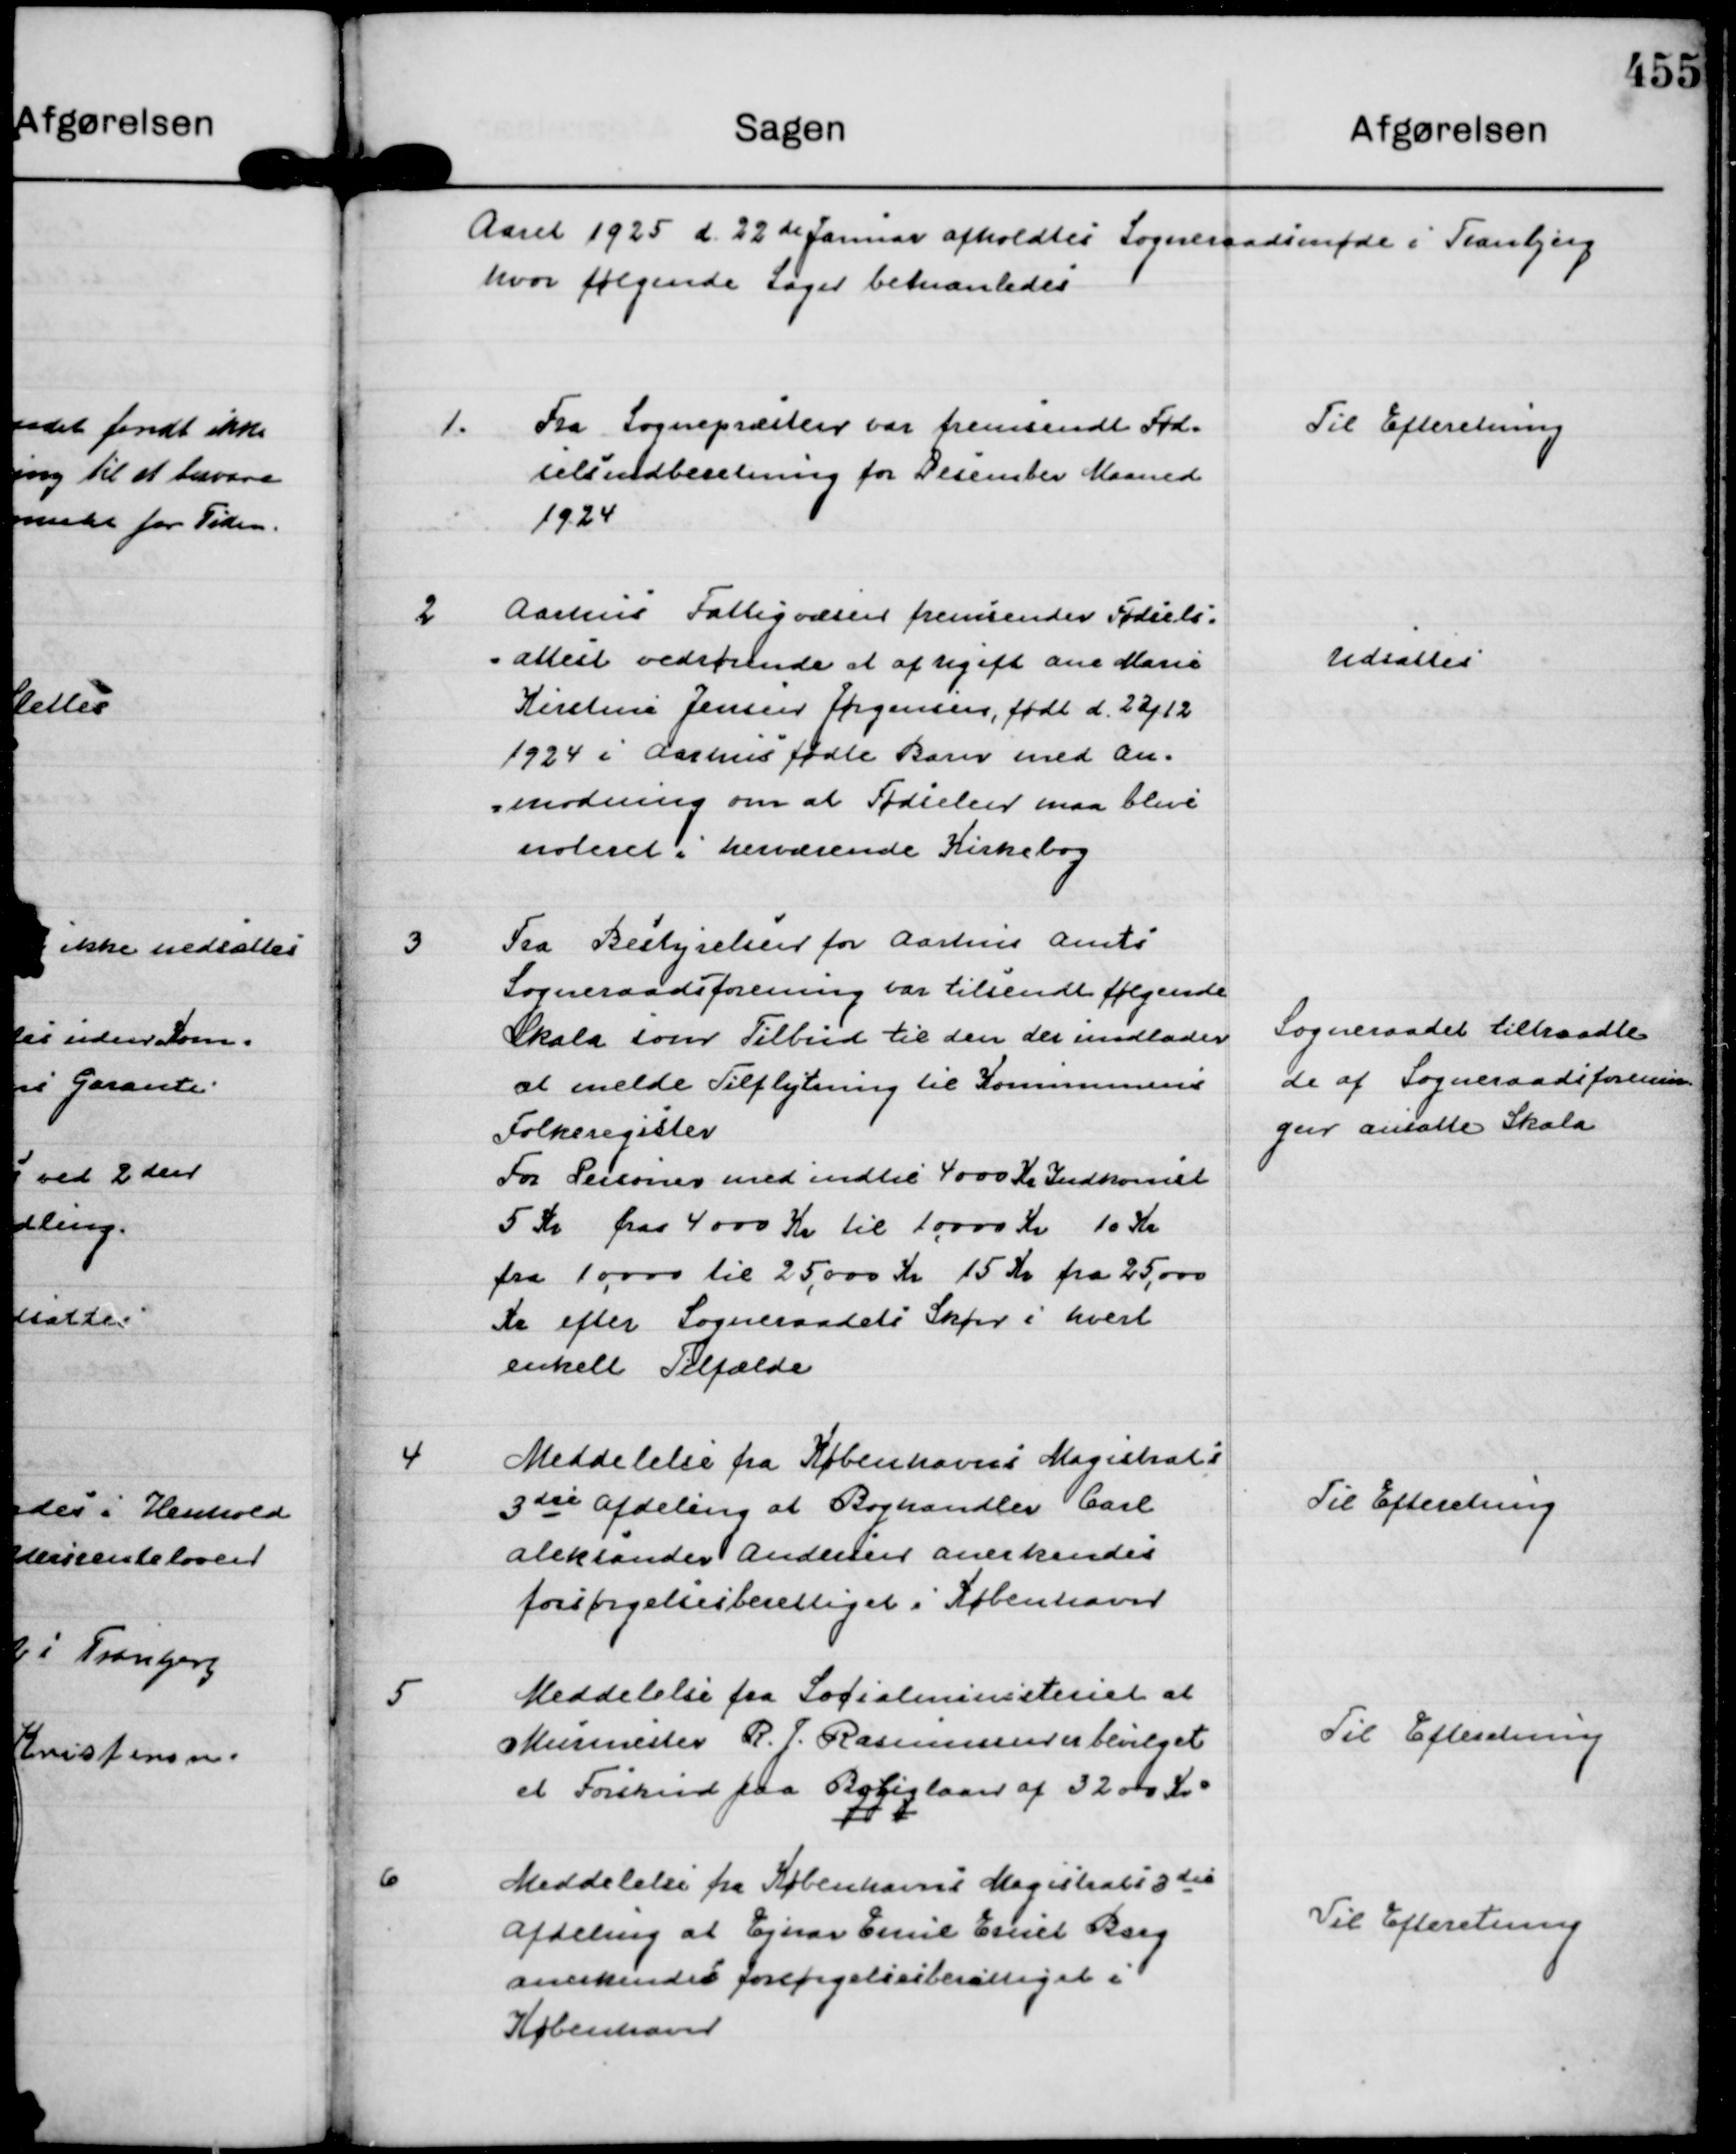
Transskription:
Aaret 1925 d. 22 de Januar afholdtes Sogneraadsmøde i Tranbjerg
hvor følgende Sager behandledes

1.
Fra Sognepræsten var fremsendt Fød= 
selsindberetning for December Maaned
1924.

Til Efteretning

2
Aarhus Fattigvæsen fremsender Fødsels=
"attest vedrørende et af ugift Ane Marie 
Kirstine Jensen Jørgensen, født d. 22/12
1924 i Aarhus fødte Barn med An=
=modning om at Fødselen maa blive
noteret i herværende Kirkebog

Udsattes

3
Fra Bestyrelsen for Aarhus Amts
Sogneraadsforening var tilsendt følgende
Skala som Tilbud til den der undlader
at melde Tilflytning til Kommunens
Folkeregister
For Personer med indtil 4000 Kr Indkomst
5 Kr fra 4000 Kr til 10.000 Kr 10 Kr
fra 10.000 Kr til 25.000 kr 15 Kr fra 25.000
Kr efter Sogneraadets Skøn i hvert
enkelt Tilfælde

Sogneraadet tiltraadte
de af Sogneraadsforenin=
gen ansatte Skala

4
Meddelelse fra Københavns Magistrats
3 die afdeling at Boghandler Carl
Aleksander Andersen anerkendes
forsørgelsesberettiget i København

Til Efteretning

5
Meddelelse fra Socialministeriet at
Murmester R. J. Rasmussen er bevilget
et Forskud paa Boliglaan af 3200 Kr.

Til Efteretning

6
Meddelelse fra Københavns Magistrats 3 die
Afdeling at Ejnar Emil Ernst Borg
anerkendes forsørgelsesberettiget i
København

Til Efteretning